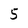
Character: 5